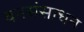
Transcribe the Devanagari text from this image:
वनसंसाधन